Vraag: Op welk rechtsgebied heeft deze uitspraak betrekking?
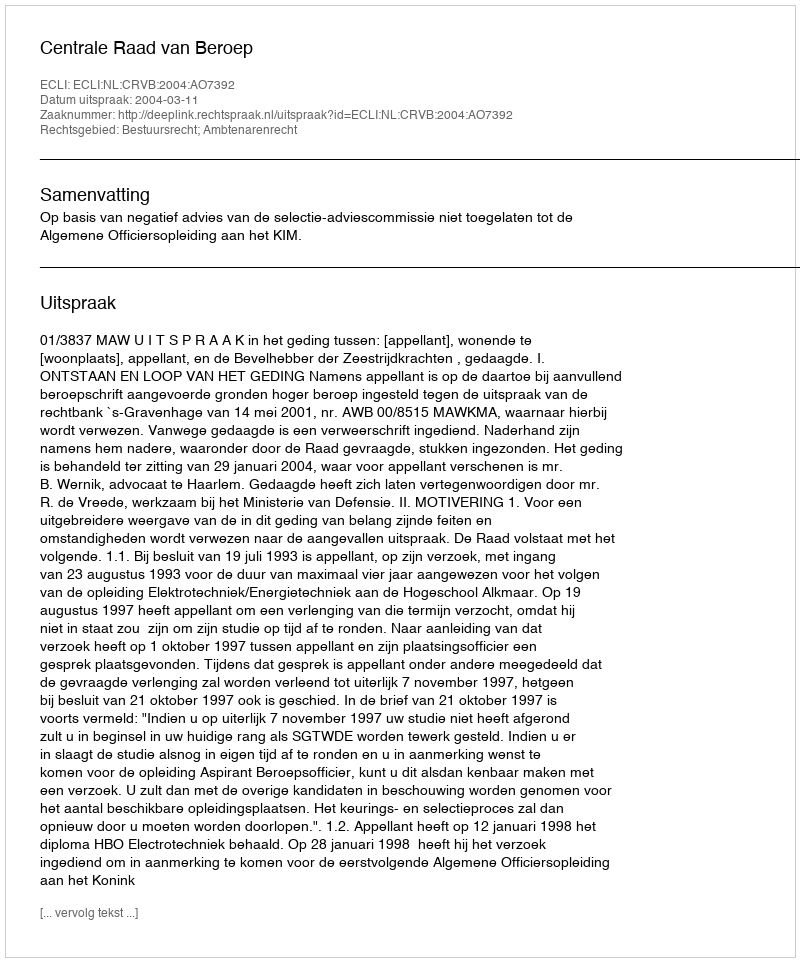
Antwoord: Bestuursrecht; Ambtenarenrecht